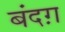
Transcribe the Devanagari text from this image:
बंदग़